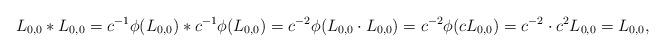
LaTeX: \begin{align*} L_{0,0}*L_{0,0}=c^{-1}\phi(L_{0,0})*c^{-1}\phi(L_{0,0})=c^{-2}\phi(L_{0,0}\cdot L_{0,0})=c^{-2}\phi(cL_{0,0})=c^{-2}\cdot c^2 L_{0,0}=L_{0,0},\end{align*}